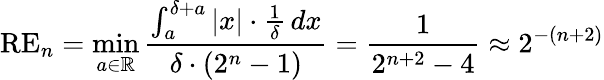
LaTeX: \mathrm{RE}_{n}=\operatorname*{min}_{a\in\mathbb{R}}\frac{\int_{a}^{\delta+a}\vert x\vert\cdot\frac{1}{\delta}\, dx}{\delta\cdot(2^{{n}}-1)}=\frac{1}{2^{{n+2}}-4}\approx 2^{-(n+2)}